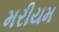
મરીયમ